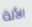
الألة